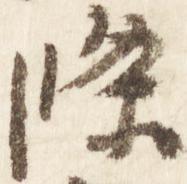
条